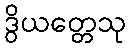
ဒွိယတ္တေသု